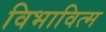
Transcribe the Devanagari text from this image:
विभावित्म